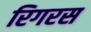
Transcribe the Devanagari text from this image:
रिगरस